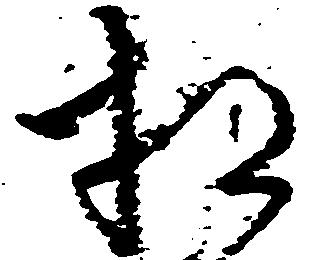
相